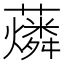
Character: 𧃮